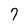
Character: 7